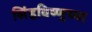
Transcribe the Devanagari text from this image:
सिंहविष्णुच्या